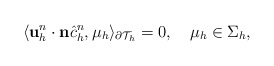
\begin{align*}\langle\mathbf{u}^{n}_h\cdot\mathbf{n}\hat{c}_h^{n},\mu_h\rangle_{\partial\mathcal{T}_h}=0,\quad\mu_h\in\Sigma_h,\end{align*}